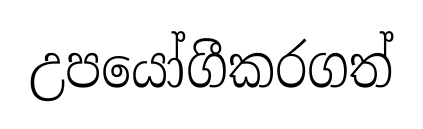
උපයෝගීකරගත්